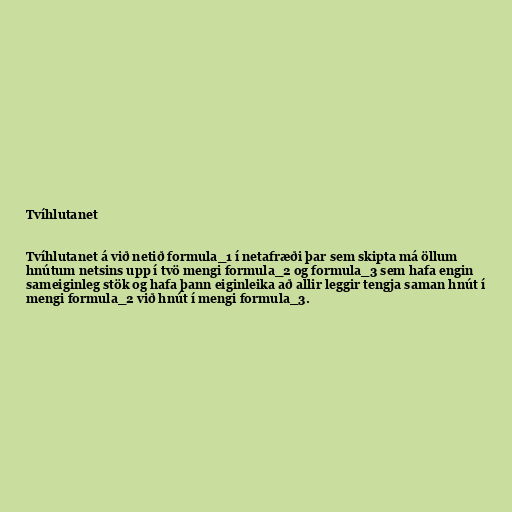
Tvíhlutanet

Tvíhlutanet á við netið formula_1 í netafræði þar sem skipta má öllum
hnútum netsins upp í tvö mengi formula_2 og formula_3 sem hafa engin
sameiginleg stök og hafa þann eiginleika að allir leggir tengja saman hnút í
mengi formula_2 við hnút í mengi formula_3.